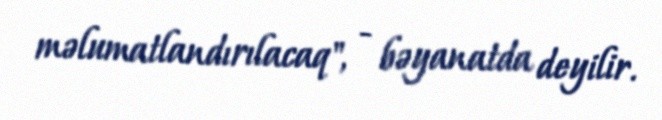
məlumatlandırılacaq", - bəyanatda deyilir.